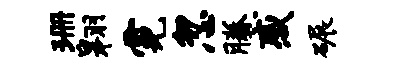
珊翱霓忽腾感碾